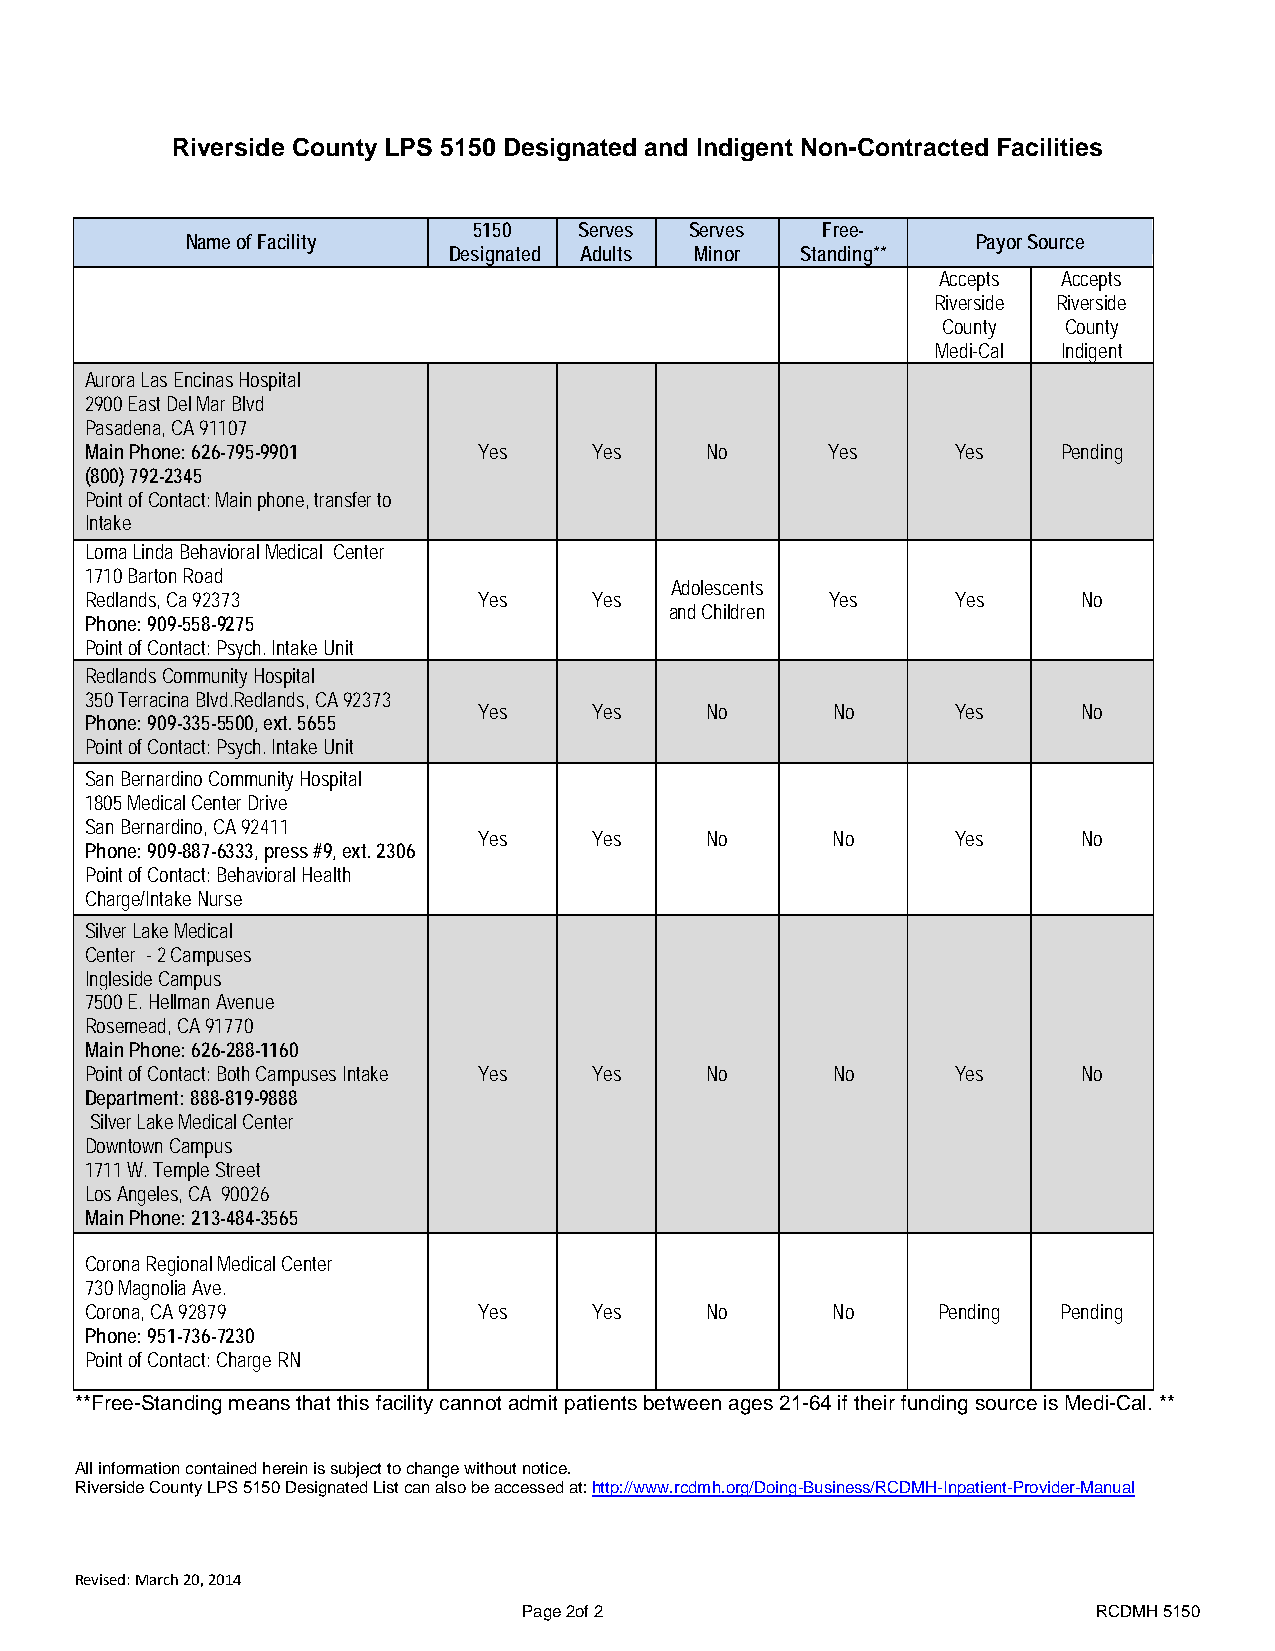
Riverside County LPS 5150 Designated and Indigent Non-Contracted Facilities
 5150   Serves  Serves  Free-
 Name of Facility                                     Payor Source
 Designated Adults Minor Standing**
 Accepts Accepts
 Riverside Riverside
 County  County
 Medi-Cal Indigent
 Aurora Las Encinas Hospital
 2900 East Del Mar Blvd
 Pasadena, CA 91107
 Main Phone: 626-795-9901  Yes    Yes     No      Yes     Yes    Pending
 (800) 792-2345
 Point of Contact: Main phone, transfer to
 Intake
 Loma Linda Behavioral Medical Center
 1710 Barton Road
 Adolescents
 Redlands, Ca 92373        Yes    Yes             Yes     Yes      No
 and Children
 Phone: 909-558-9275
 Point of Contact: Psych. Intake Unit
 Redlands Community Hospital
 350 Terracina Blvd.Redlands, CA 92373
 Yes    Yes     No      No      Yes      No
 Phone: 909-335-5500, ext. 5655
 Point of Contact: Psych. Intake Unit
 San Bernardino Community Hospital
 1805 Medical Center Drive
 San Bernardino, CA 92411
 Yes    Yes     No      No      Yes      No
 Phone: 909-887-6333, press #9, ext. 2306
 Point of Contact: Behavioral Health
 Charge/Intake Nurse
 Silver Lake Medical
 Center - 2 Campuses
 Ingleside Campus
 7500 E. Hellman Avenue
 Rosemead, CA 91770
 Main Phone: 626-288-1160
 Point of Contact: Both Campuses Intake Yes Yes No No     Yes      No
 Department: 888-819-9888
 Silver Lake Medical Center
 Downtown Campus
 1711 W. Temple Street
 Los Angeles, CA 90026
 Main Phone: 213-484-3565
 Corona Regional Medical Center
 730 Magnolia Ave.
 Corona, CA 92879          Yes    Yes     No      No     Pending Pending
 Phone: 951-736-7230
 Point of Contact: Charge RN
 **Free-Standing means that this facility cannot admit patients between ages 21-64 if their funding source is Medi-Cal. **
 All information contained herein is subject to change without notice.
 Riverside County LPS 5150 Designated List can also be accessed at: http://www.rcdmh.org/Doing-Business/RCDMH-Inpatient-Provider-Manual
 Revised: March 20, 2014
 Page 2of 2                            RCDMH 5150